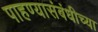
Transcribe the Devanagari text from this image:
पाहण्यासंबंधीच्या